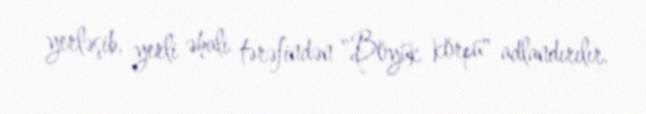
yerləşib, yerli əhali tərəfindən "Böyük körpü" adlandırılır.